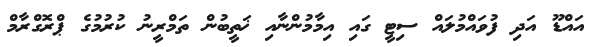
އައްޑޫ އަދި ފުވައްމުލައް ސިޓީ ގައި އިމާމުންނާއި ޚަތީބުން ތަމްރީނު ކުރުމުގެ ޕްރޮގްރާމް